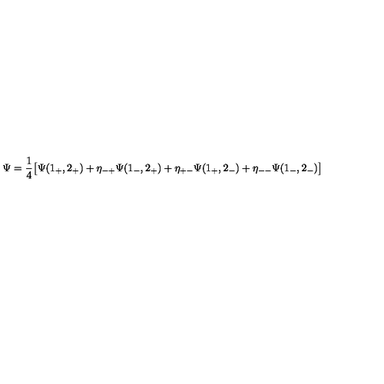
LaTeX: \Psi = { \frac { 1 } { 4 } } \bigl [ \Psi ( 1 _ { + } , 2 _ { + } ) + \eta _ { - + } \Psi ( 1 _ { - } , 2 _ { + } ) + \eta _ { + - } \Psi ( 1 _ { + } , 2 _ { - } ) + \eta _ { -- } \Psi ( 1 _ { - } , 2 _ { - } ) \bigr ]